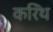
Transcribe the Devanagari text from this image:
करिंथ